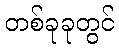
တစ်ခုခုတွင်